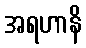
အရဟာနိ